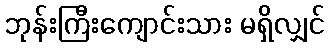
ဘုန်းကြီးကျောင်းသား မရှိလျှင်